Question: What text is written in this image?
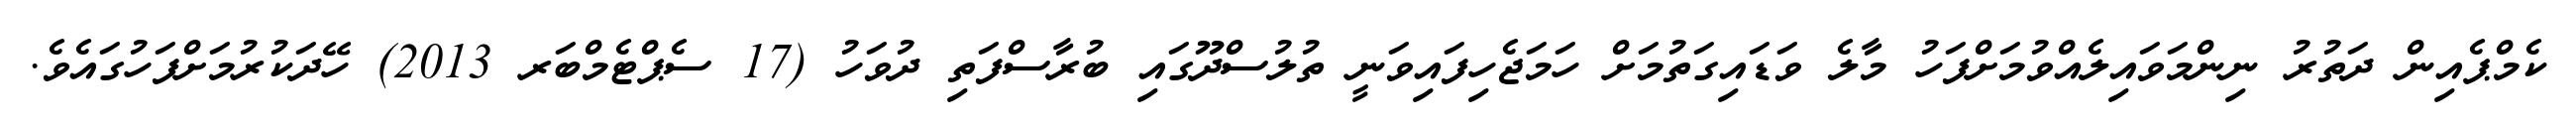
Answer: ކެމްޕެއިން ދަތުރު ނިންމަވައިލެއްވުމަށްފަހު މާލެ ވަޑައިގަތުމަށް ހަމަޖެހިފައިވަނީ ތުލުސްދޫގައި ބުރާސްފަތި ދުވަހު (17 ސެޕްޓެމްބަރ 2013) ހޭދަކުރުމަށްފަހުގައެވެ.